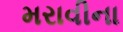
મરાવીના